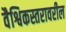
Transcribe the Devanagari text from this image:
वैश्विकस्तरावरील